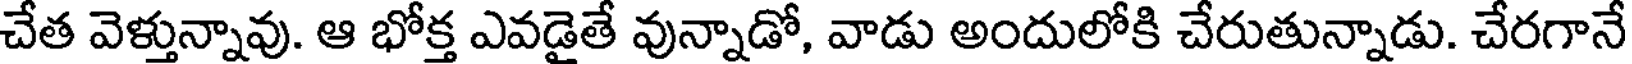
చేత వెళ్తున్నావు. ఆ భోక్త ఎవడైతే వున్నాడో, వాడు అందులోకి చేరుతున్నాడు. చేరగానే